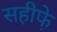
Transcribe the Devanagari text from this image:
सहीफे़